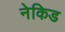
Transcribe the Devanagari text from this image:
नेकिड